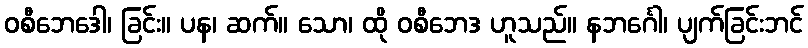
ဝစီဘေဒေါ၊ ခြင်း။ ပန၊ ဆက်။ သော၊ ထို ဝစီဘေဒ ဟူသည်။ နဘင်္ဂေါ၊ ပျက်ခြင်းဘင်